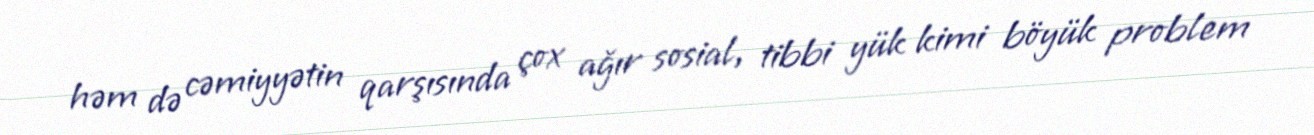
həm də cəmiyyətin qarşısında çox ağır sosial, tibbi yük kimi böyük problem